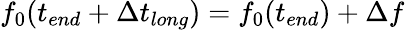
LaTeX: f_{0}(t_{end}+\Delta t_{long})=f_{0}(t_{end})+\Delta f